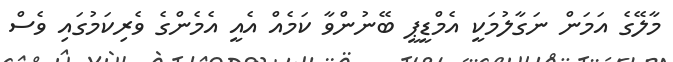
މާލޭގެ އަމަން ނަގާލުމަކީ އެމްޑީޕީ ބޭނުންވާ ކަމެއް އެއީ އެމެންގެ ވެރިކަމުގައި ވެސް